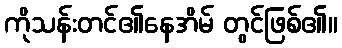
ကိုသန်းတင်၏နေအိမ် တွင်ဖြစ်၏။